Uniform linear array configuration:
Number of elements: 8
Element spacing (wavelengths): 0.25
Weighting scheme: hann
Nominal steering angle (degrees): -30
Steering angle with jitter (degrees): -30.632
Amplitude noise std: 0.05
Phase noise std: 0.05

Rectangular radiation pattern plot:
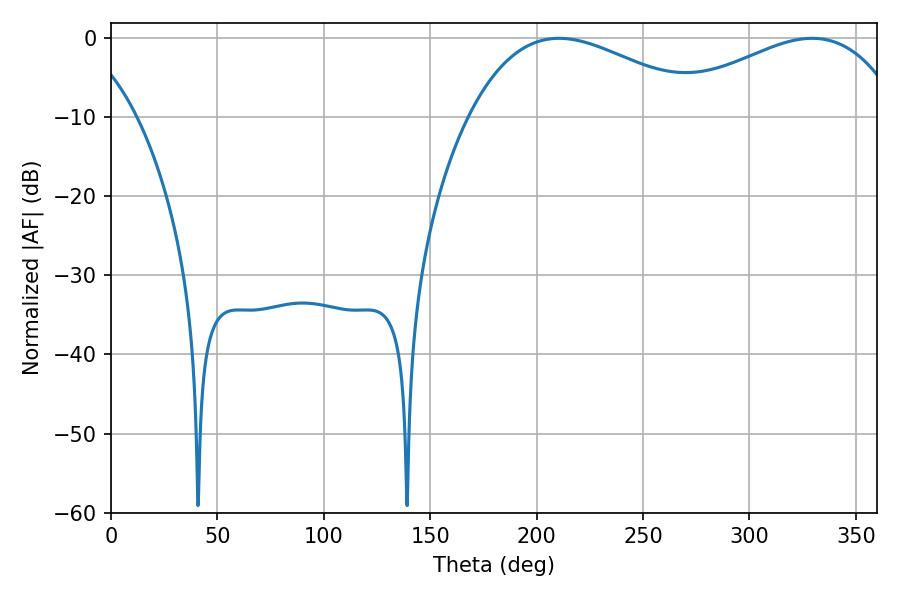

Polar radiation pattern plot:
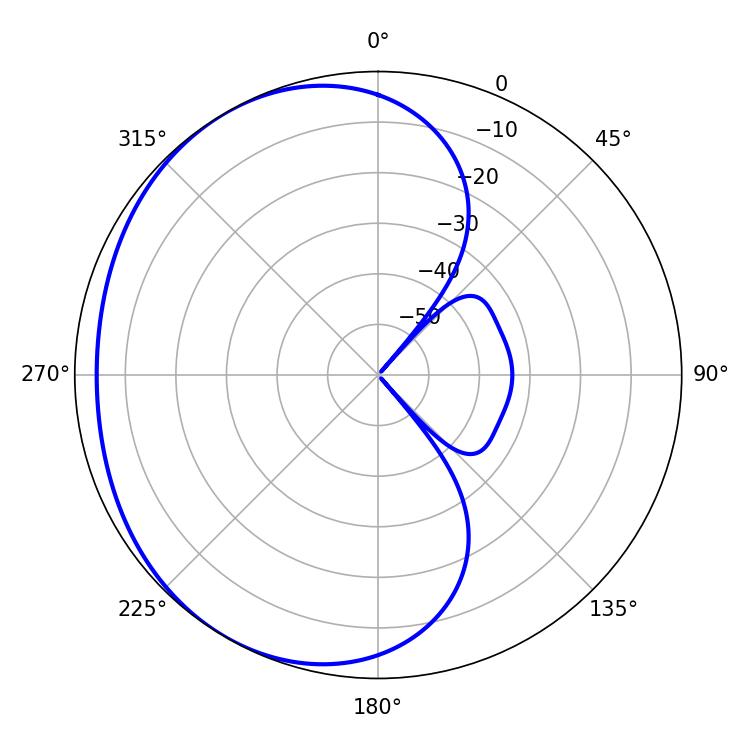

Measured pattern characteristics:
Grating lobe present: FALSE
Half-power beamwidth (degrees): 61.38
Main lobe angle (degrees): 210.6